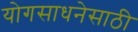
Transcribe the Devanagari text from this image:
योगसाधनेसाठी